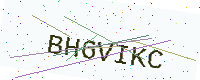
Text: BH6VIKC